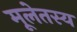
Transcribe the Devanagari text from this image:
मूलेतस्य